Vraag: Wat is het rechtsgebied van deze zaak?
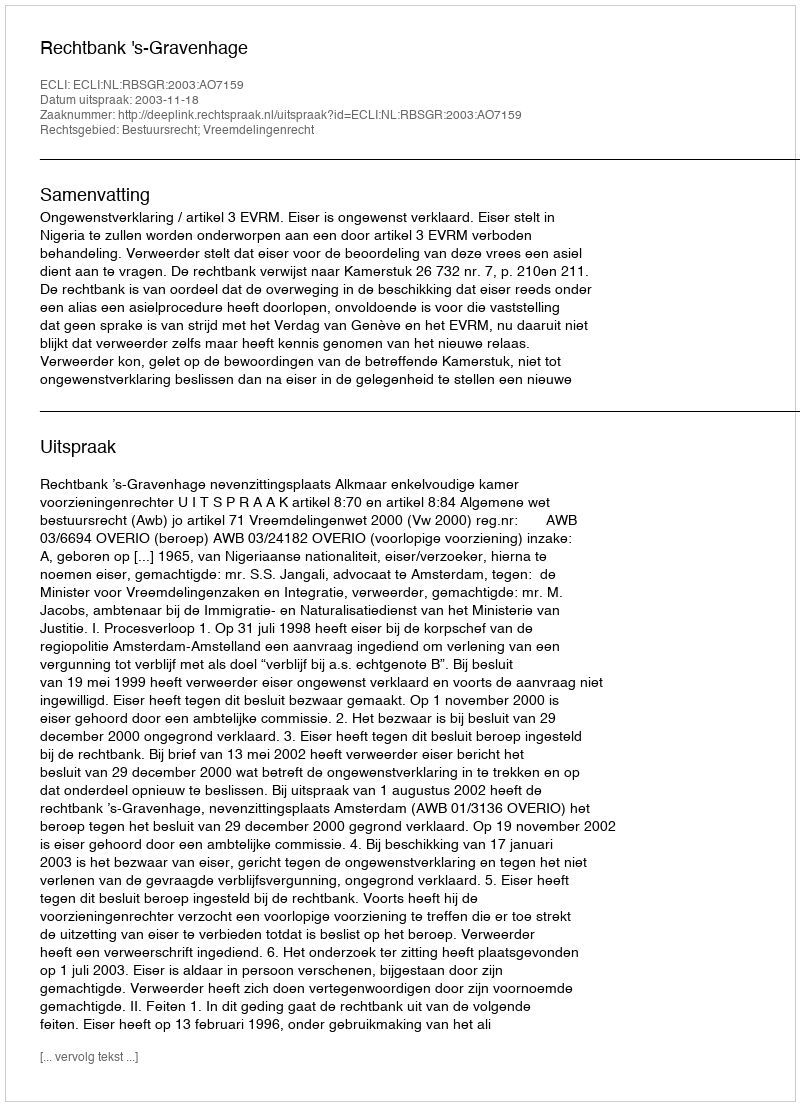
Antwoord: Bestuursrecht; Vreemdelingenrecht